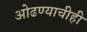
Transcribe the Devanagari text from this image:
ओढण्याचीही